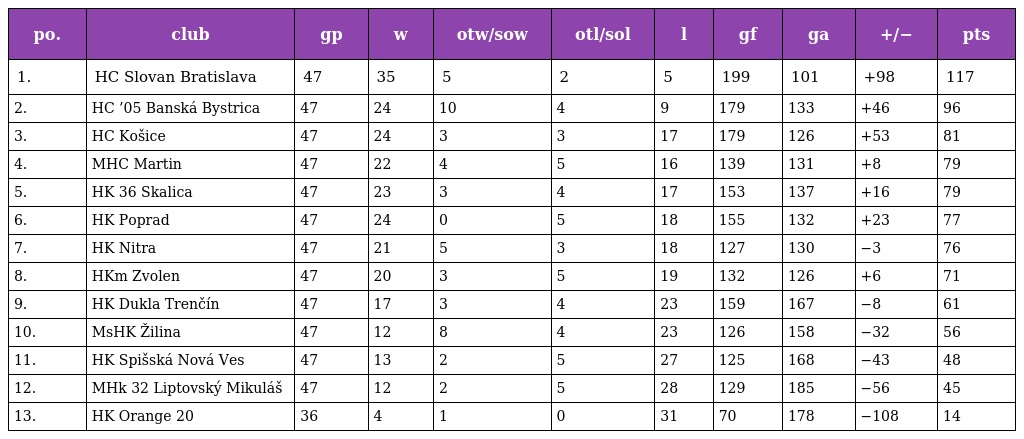
| po. | club | gp | w | otw/sow | otl/sol | l | gf | ga | +/− | pts |
 | --- | --- | --- | --- | --- | --- | --- | --- | --- | --- | --- |
 | 1. | HC Slovan Bratislava | 47 | 35 | 5 | 2 | 5 | 199 | 101 | +98 | 117 |
 | 2. | HC ’05 Banská Bystrica | 47 | 24 | 10 | 4 | 9 | 179 | 133 | +46 | 96 |
 | 3. | HC Košice | 47 | 24 | 3 | 3 | 17 | 179 | 126 | +53 | 81 |
 | 4. | MHC Martin | 47 | 22 | 4 | 5 | 16 | 139 | 131 | +8 | 79 |
 | 5. | HK 36 Skalica | 47 | 23 | 3 | 4 | 17 | 153 | 137 | +16 | 79 |
 | 6. | HK Poprad | 47 | 24 | 0 | 5 | 18 | 155 | 132 | +23 | 77 |
 | 7. | HK Nitra | 47 | 21 | 5 | 3 | 18 | 127 | 130 | −3 | 76 |
 | 8. | HKm Zvolen | 47 | 20 | 3 | 5 | 19 | 132 | 126 | +6 | 71 |
 | 9. | HK Dukla Trenčín | 47 | 17 | 3 | 4 | 23 | 159 | 167 | −8 | 61 |
 | 10. | MsHK Žilina | 47 | 12 | 8 | 4 | 23 | 126 | 158 | −32 | 56 |
 | 11. | HK Spišská Nová Ves | 47 | 13 | 2 | 5 | 27 | 125 | 168 | −43 | 48 |
 | 12. | MHk 32 Liptovský Mikuláš | 47 | 12 | 2 | 5 | 28 | 129 | 185 | −56 | 45 |
 | 13. | HK Orange 20 | 36 | 4 | 1 | 0 | 31 | 70 | 178 | −108 | 14 |